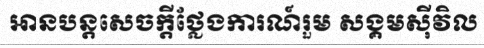
អានបន្តសេចក្តីថ្លែងការណ៍រួម សង្គមស៊ីវិល